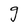
Character: g